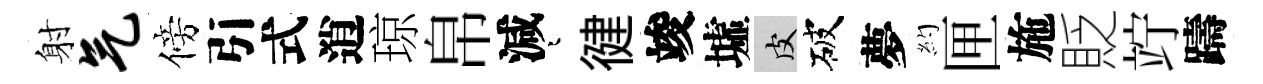
射气傍引式逍琼帛減迢徤竣墟皮破夢約匣施貶竚躊